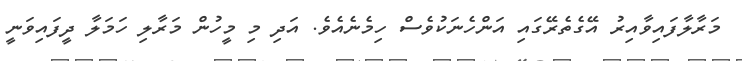
މަރާލާފައިވާއިރު އޭގެތެރޭގައި އަންހެނަކުވެސް ހިމެނެއެވެ. އަދި މި މީހުން މަރާލި ހަމަލާ ދީފައިވަނީ